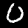
Label: 0